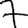
Digit: 7